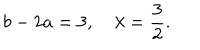
LaTeX: b - 2 a = 3 , \quad \lambda = \frac { 3 } { 2 } .